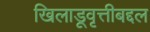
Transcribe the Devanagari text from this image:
खिलाडूवृत्तीबद्दल